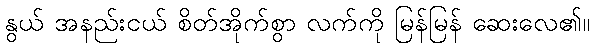
နွယ် အနည်းငယ် စိတ်အိုက်စွာ လက်ကို မြန်မြန် ဆေးလေ၏။